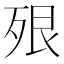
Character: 𣧾